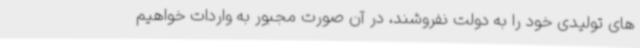
های تولیدی خود را به دولت نفروشند، در آن صورت مجبور به واردات خواهیم